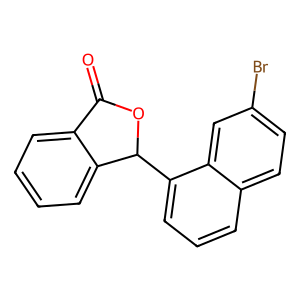
SMILES: O=C1OC(c2cccc3ccc(Br)cc23)c2ccccc21
Inhibits HIV replication: No